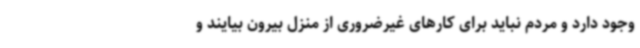
وجود دارد و مردم نباید برای کارهای غیرضروری از منزل بیرون بیایند و